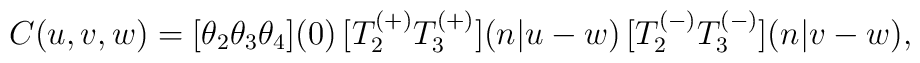
C(u,v,w)={[}\theta_{2}\theta_{3}\theta_{4}{]}(0)\,          {[}T^{(+)}_{2}T^{(+)}_{3}{]}(n|u-w)\,          {[}T^{(-)}_{2}T^{(-)}_{3}{]}(n|v-w),